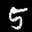
Label: 5